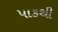
પાકથી